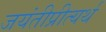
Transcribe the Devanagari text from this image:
जयंतीप्रीत्यर्थ